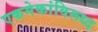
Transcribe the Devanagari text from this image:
एकमेकांविरूध्द